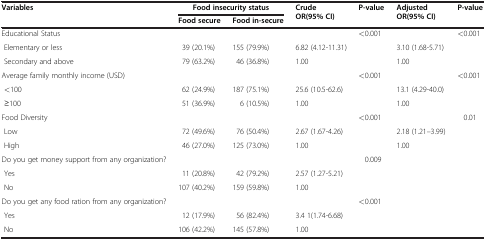
| <ROWSPAN=2> Variables | <COLSPAN=2> Food insecurity status | <ROWSPAN=2> Crude OR(95% CI) | <ROWSPAN=2> P-value | <ROWSPAN=2> Adjusted OR(95% CI) | <ROWSPAN=2> P-value |
 | Food secure | Food in-secure |
 | --- | --- | --- | --- | --- | --- | --- |
 | Educational Status |  |  |  | <0.001 |  | <0.001 |
 | Elementary or less | 39 (20.1%) | 155 (79.9%) | 6.82 (4.12-11.31) |  | 3.10 (1.68-5.71) |  |
 | Secondary and above | 79 (63.2%) | 46 (36.8%) | 1.00 |  | 1.00 |  |
 | Average family monthly income (USD) |  |  |  | <0.001 |  | <0.001 |
 | <100 | 62 (24.9%) | 187 (75.1%) | 25.6 (10.5-62.6) |  | 13.1 (4.29-40.0) |  |
 | ≥100 | 51 (36.9%) | 6 (10.5%) | 1.00 |  | 1.00 |  |
 | Food Diversity |  |  |  | <0.001 |  | 0.01 |
 | Low | 72 (49.6%) | 76 (50.4%) | 2.67 (1.67-4.26) |  | 2.18 (1.21--3.99) |  |
 | High | 46 (27.0%) | 125 (73.0%) | 1.00 |  | 1.00 |  |
 | Do you get money support from any organization? |  |  |  | 0.009 |  |  |
 | Yes | 11 (20.8%) | 42 (79.2%) | 2.57 (1.27-5.21) |  |  |  |
 | No | 107 (40.2%) | 159 (59.8%) | 1.00 |  |  |  |
 | Do you get any food ration from any organization? |  |  |  | <0.001 |  |  |
 | Yes | 12 (17.9%) | 56 (82.4%) | 3.4 1(1.74-6.68) |  |  |  |
 | No | 106 (42.2%) | 145 (57.8%) | 1.00 |  |  |  |